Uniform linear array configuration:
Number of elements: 32
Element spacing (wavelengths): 1
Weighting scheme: binomial
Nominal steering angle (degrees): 45
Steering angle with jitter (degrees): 45.277
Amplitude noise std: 0.05
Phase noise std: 0.05

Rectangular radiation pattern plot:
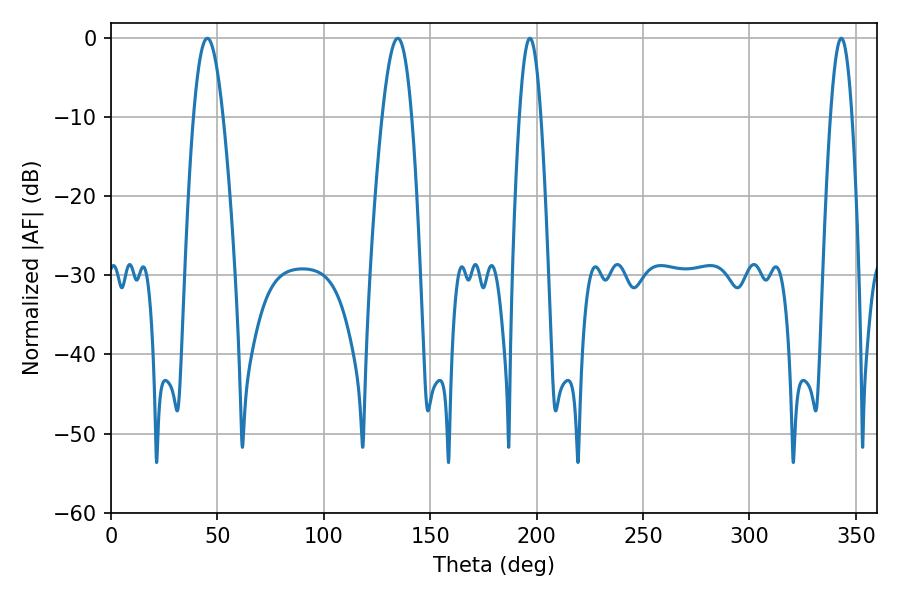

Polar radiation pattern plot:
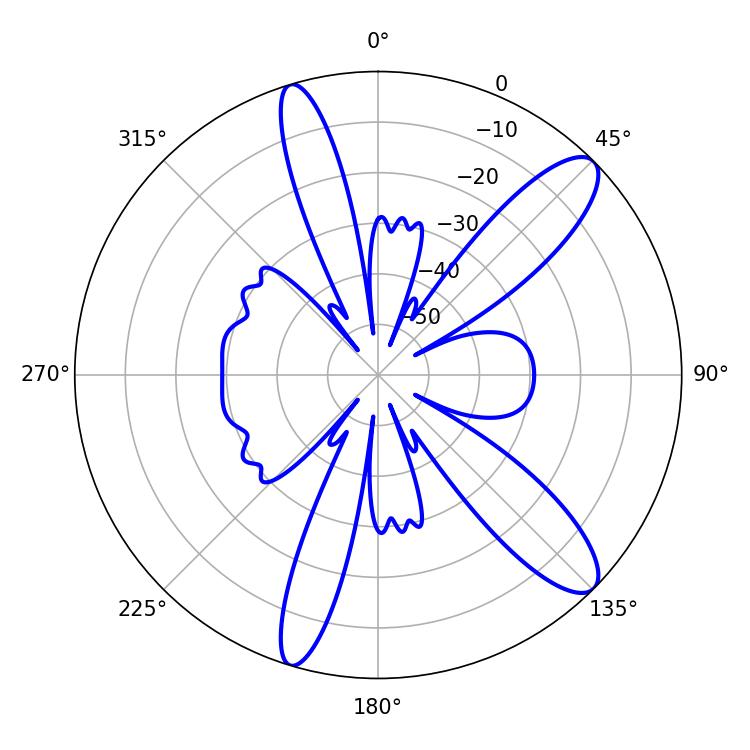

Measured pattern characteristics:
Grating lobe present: TRUE
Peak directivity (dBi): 11.494
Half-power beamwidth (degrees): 7.56
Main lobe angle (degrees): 45.18